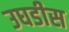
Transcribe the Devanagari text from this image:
उघडीस